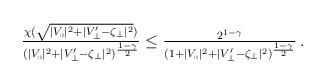
\begin{align*} \begin{aligned} \tfrac{\chi(\sqrt{|V_\shortparallel|^2 + |V_\perp' - \zeta_\perp|^2})}{(|V_\shortparallel|^2 + |V_\perp' - \zeta_\perp|^2)^{\frac{1 - \gamma}{2}}} \leq \tfrac{ 2^{1 - \gamma} }{(1 + |V_\shortparallel|^2 + |V_\perp' - \zeta_\perp|^2)^{\frac{1 - \gamma}{2}}}\,. \end{aligned} \end{align*}